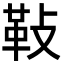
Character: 𩉲